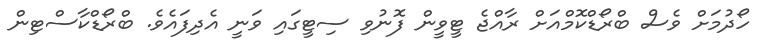
ހޯދުމަށް ވެސް ބްރޯޑްކޮމްއަށް ރާއްޖެ ޓީވީން ފޮނުވި ސިޓީގައި ވަނީ އެދިފައެވެ. ބްރޯޑްކާސްޓިން